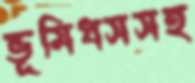
ভূমিধসসহ